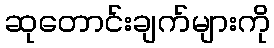
ဆုတောင်းချက်များကို